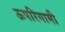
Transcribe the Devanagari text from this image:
ऊपरिगामी